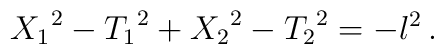
{X_1}^2 - {T_1}^2 + {X_2}^2 - {T_2}^2 = - l^2 \, .